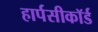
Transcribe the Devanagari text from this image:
हार्पसीकॉर्ड